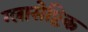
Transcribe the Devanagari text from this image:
ग्लासेप्टिक